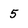
Character: 5